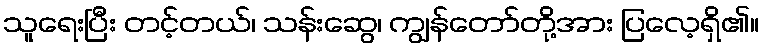
သူရေးပြီး တင့်တယ်၊ သန်းဆွေ၊ ကျွန်တော်တို့အား ပြလေ့ရှိ၏။